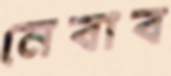
নেবাব